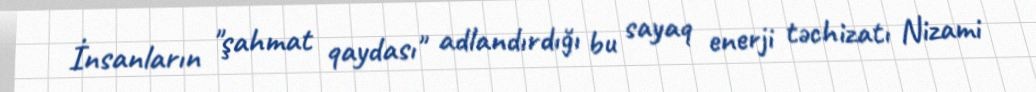
İnsanların "şahmat qaydası" adlandırdığı bu sayaq enerji təchizatı Nizami